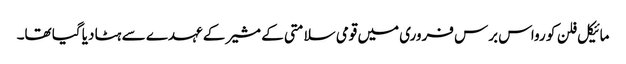
مائیکل فلن کو رواس برس فروری میں قومی سلامتی کے مشیر کے عہدے سے ہٹا دیا گیا تھا۔